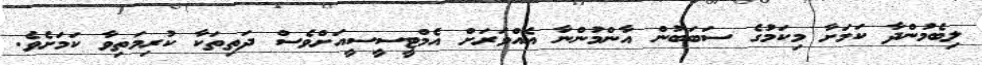
ލިބެމުންދާ ކަމަށާ މިކަމުގެ ސަބަބުން އާންމުންނާ އެއްވަރަށް އެމްޓީސީސީއަށްވެސް ދަތިތަކާ ކުރިމަތިވާ ކަމަށެވެ.